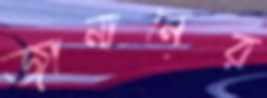
জানানের